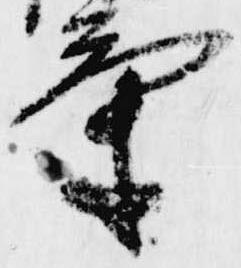
気